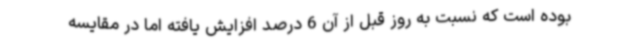
بوده است که نسبت به روز قبل از آن 6 درصد افزایش یافته اما در مقایسه